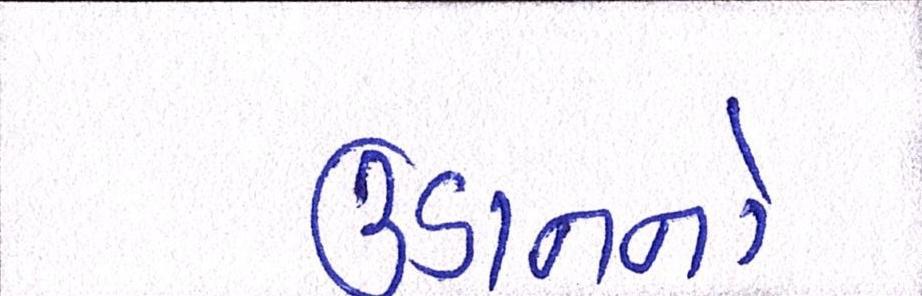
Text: ઉડાનનો